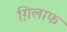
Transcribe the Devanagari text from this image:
ग़िलाफ